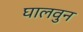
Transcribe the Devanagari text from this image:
घालवुन